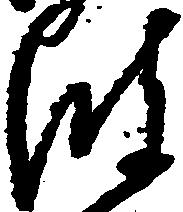
波